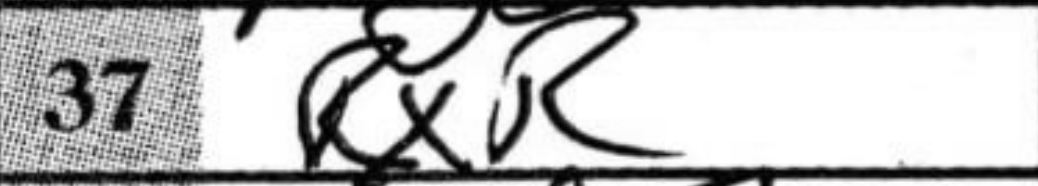
Transcription: RxR